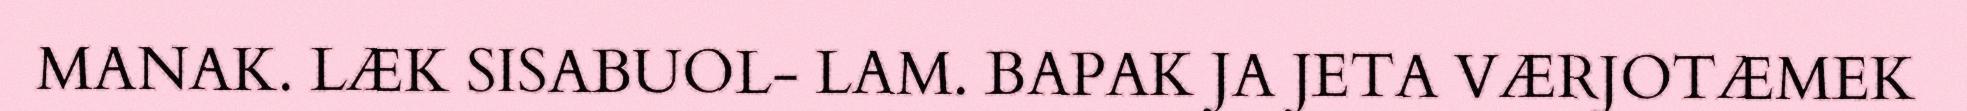
MANAK. LÆK SISABUOL- LAM. BAPAK JA JETA VÆRJOTÆMEK